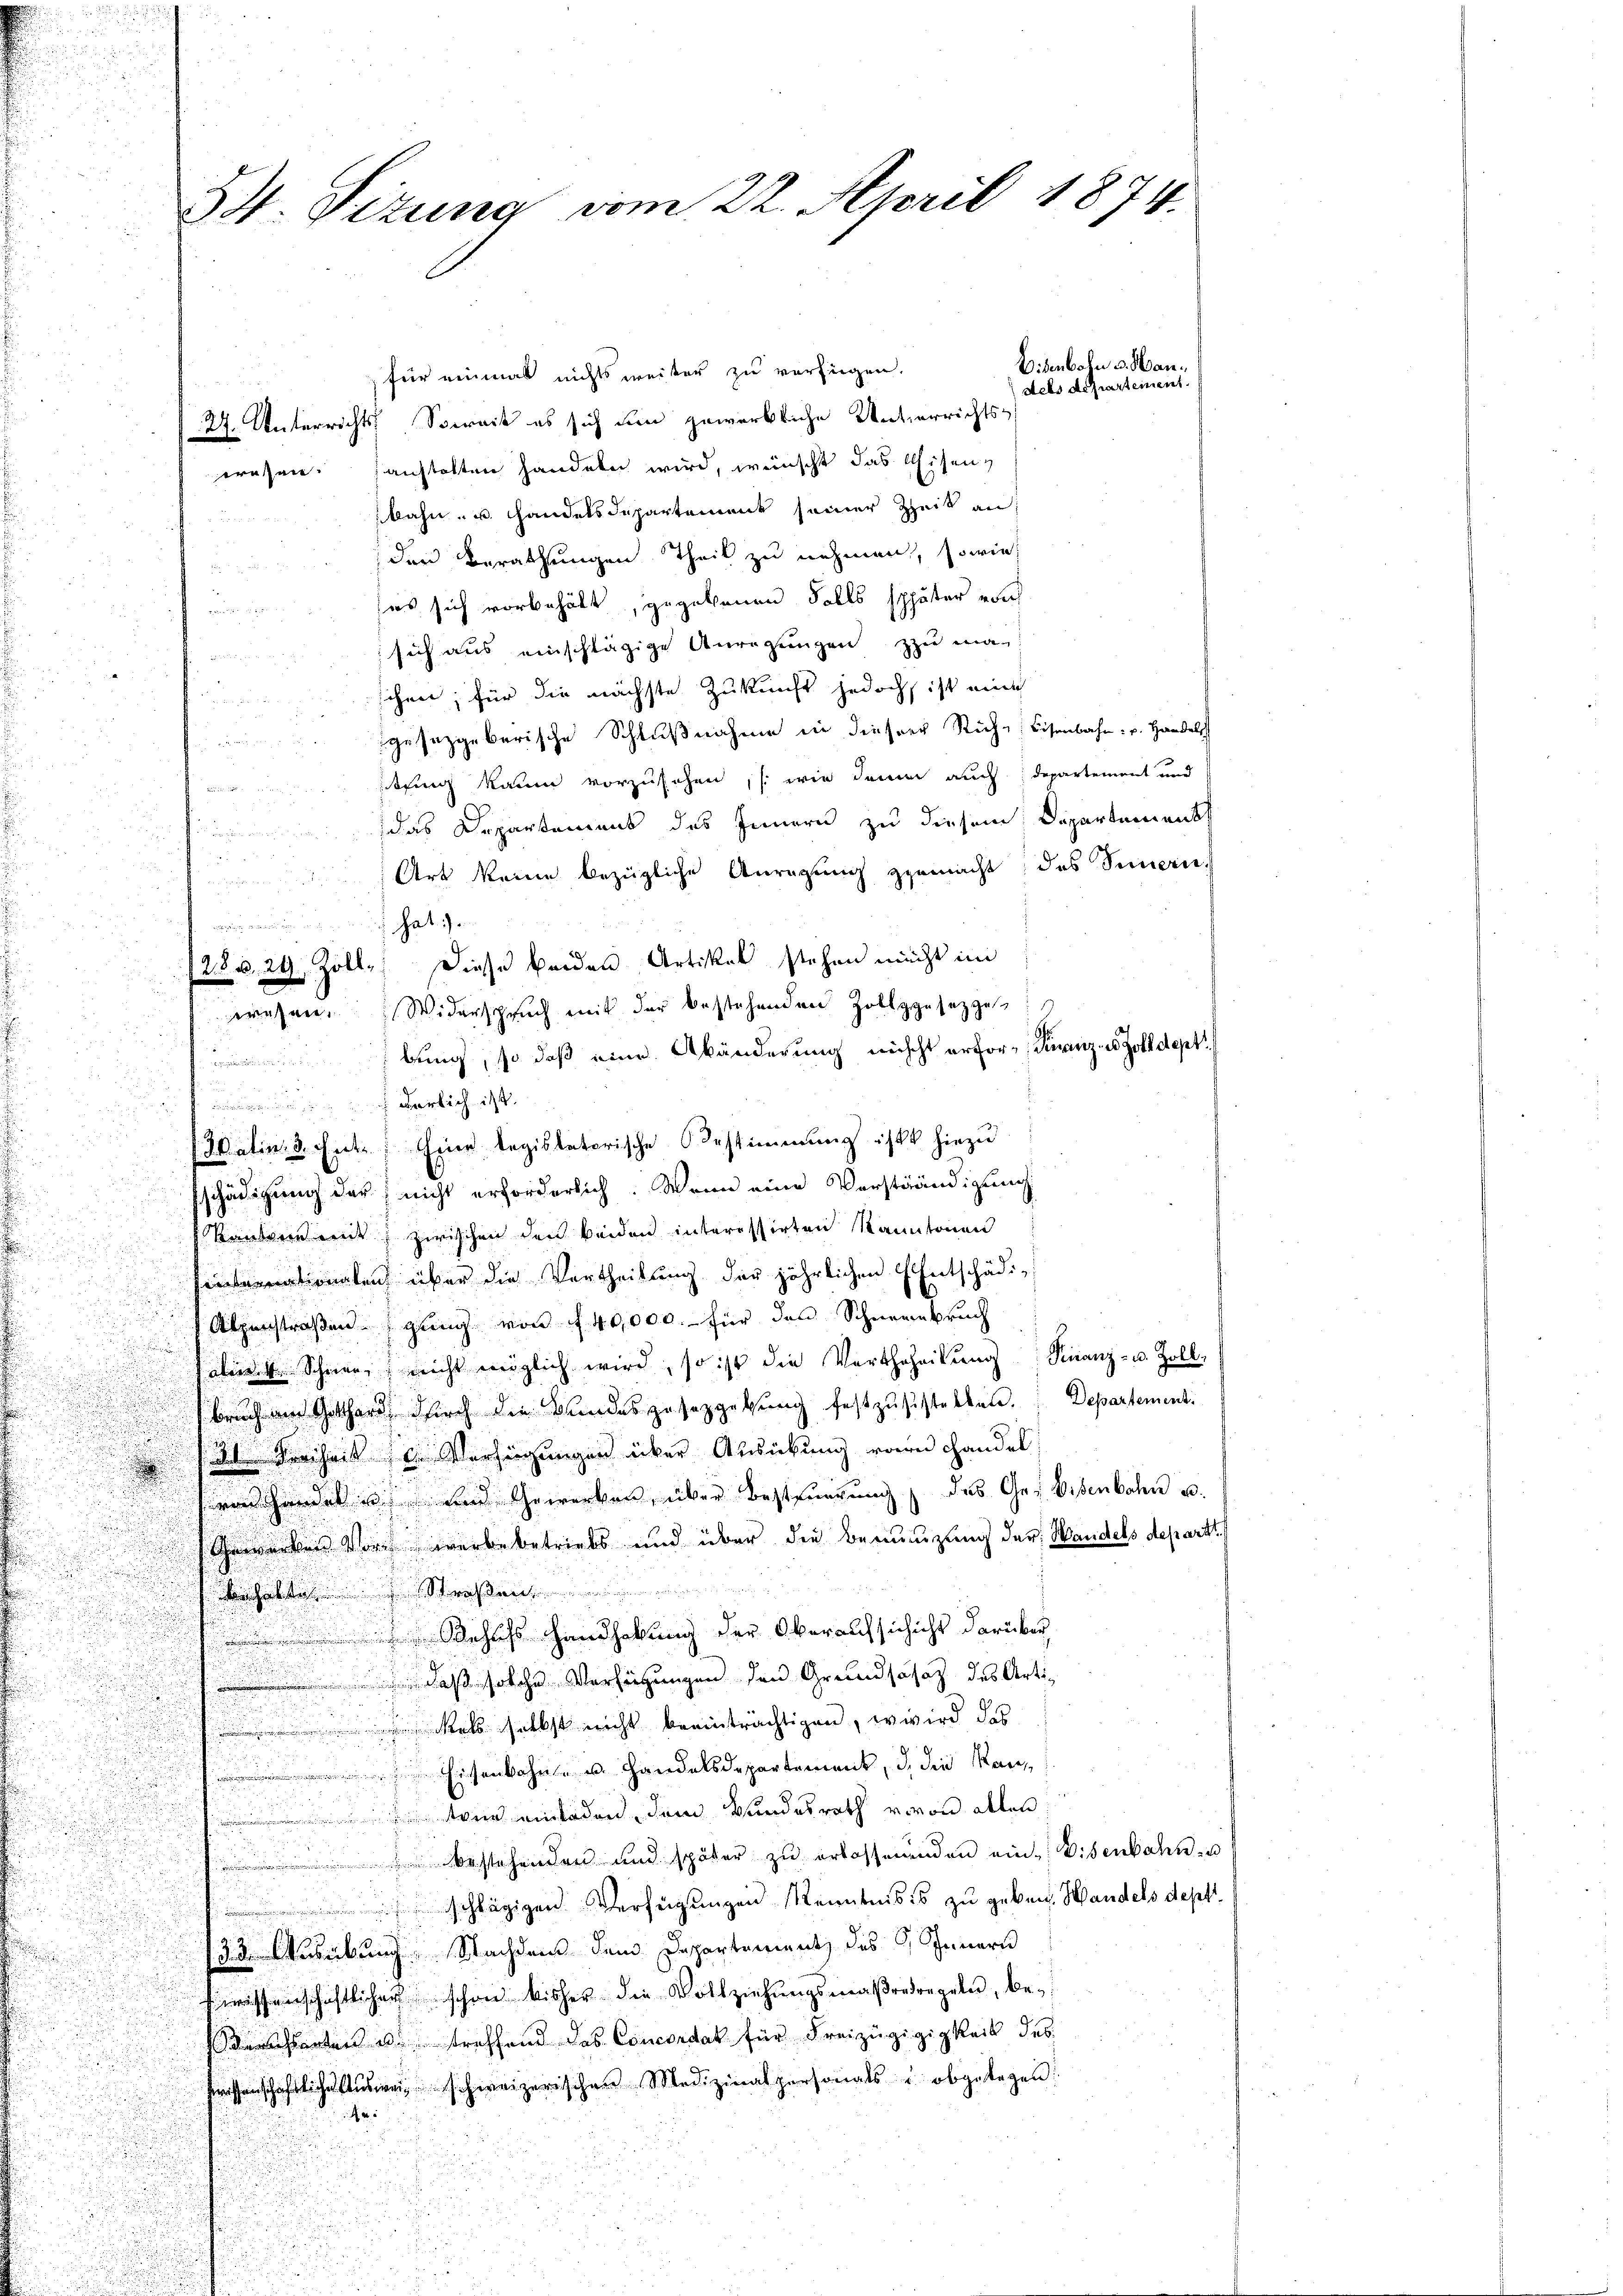
wresen. sanstalten handeln wird, wünscht das Eisenbahn- u. Handelsdepartement seiner Zeit an
den Berathungen Theil zu nehmen, sowie
u
es sich vorbehält, gegebenen Falls später nach

sich aus einschlägige Anregungen zu ma-

schen; für die nächste Zukunft jedoch ist mich

gesetzgeberische Schlußnahme in dieser Rich-Eisenbahn- u. Handels
.
fung kaum vorzusehen, (wie denn auch, departement und
B
das Departemens des Innern zu diesem Departement

u
Art keine bezügliche Anregung gemacht, das Sinnern,

hat.
/25. v. 29. Zoll. Diese beiden Artikel stehen nicht im
wesen. Widerspruch mit der bestehenden Zollgesezze
bung, so daß eine Abänderung nicht erfor-Finanz-Colldept

i
i
u
u
derlich ist.
e
dalin 3. Entz; Eine legislatorische Bestimmung ist hiezu
Eschädigung des nicht erforderlich. Wenn eine Verständigung
.
Randere mit zwischen den beiden interessirten Kantonen
u
onglen über die Vertheilung der jährlichen Entschädi¬

 Alpenstraßengung von f. 40000.- für den Schneenbruch
alen v. Schnee, nicht möglich wird, so ist die Verthoheitŭng Finanz- u. Zoll-
bruch am Gotthard durch die Bundeszusetzgebung festzŭsstellen. Departement.
 3tr Kreiheit. Verfügungen über Andückung von Handel
 handel u. und Gewerken, über besteŭerŭng des Ge- Eisenbahn u.
wacken Vors verbebetriebs und über die Bemenzung der Wandels depart.
Straßen
ehufs Handhabung der Oberaufschicht darüber
¬
 daß solche Verhütungen den Grundschaz des Arti¬
 als selbst nicht beeinträchtigen, wird das
Eisenbahn- u. Handelsdepartement, d. die Kanin einladen, dem Bundesrath von allen
bestehenden und später zu erlassenden ein Eisenbahn- u
schlägigen. Verfügungen Kenntniss zu geben. Handels depti
33. Ausübung. Nachdens dem Departement des Innern
issenschaftlicher schon bisher die Vollziehungsmaßredregeln, besacherten u. treffend das Concordat für Freizügigigkeit des
ssenschaftliche Aŭsweisschweizerischen Medizinalpersonals abgelegen.

s
e

34. Sizung vom 22. April 1874.
Visenborn v. Hanfür einmal nichts weiter zu verfügen.
dels de partement.
27. Unterrichts Soweit es sich um zuwerbliche Unterrichts-

h